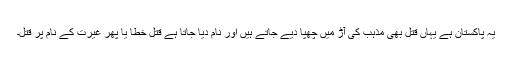
یہ پاکستان ہے یہاں قتل بھی مذہب کی آڑ میں چھپا دیے جاتے ہیں اور نام دیا جاتا ہے قتل خطا یا پھر غیرت کے نام پر قتل۔